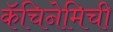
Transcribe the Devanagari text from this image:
कॅचिनेमिची